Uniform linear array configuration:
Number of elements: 64
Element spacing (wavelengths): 0.5
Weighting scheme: hamming
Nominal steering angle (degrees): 45
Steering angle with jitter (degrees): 46.753
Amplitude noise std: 0.05
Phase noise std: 0.05

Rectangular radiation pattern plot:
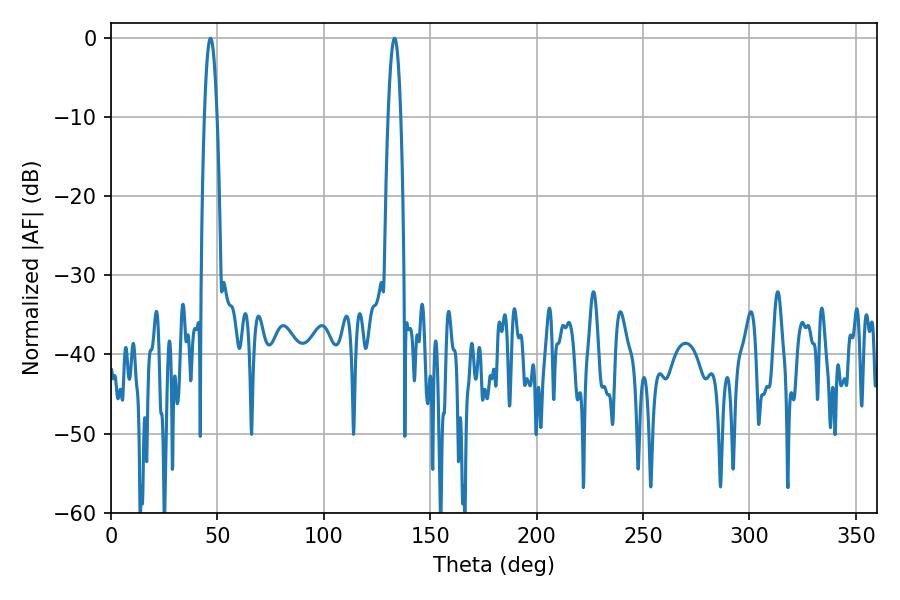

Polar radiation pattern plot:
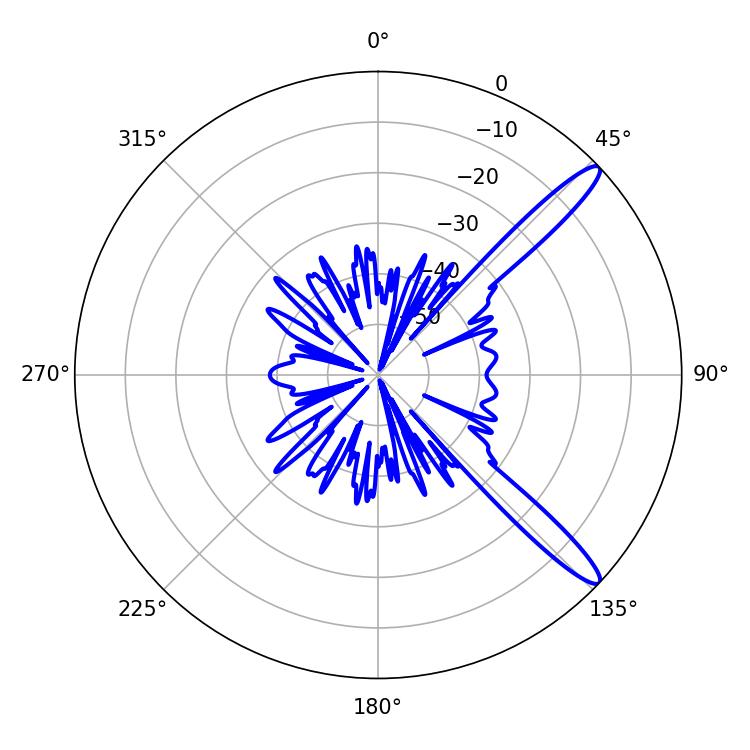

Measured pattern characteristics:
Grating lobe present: FALSE
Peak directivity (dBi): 13.414
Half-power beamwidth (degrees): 3.24
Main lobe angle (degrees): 46.8